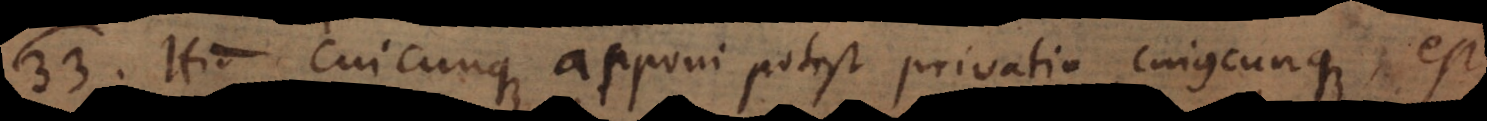
33) Hic cuicunque apponi potest privatio cujuscunque, est